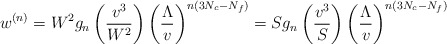
\begin{align*}w^{(n)}= W^2 g_n\left(\frac{v^3}{W^2}\right)\left(\frac{\Lambda}{v}\right)^{n(3N_c-N_f)}= S g_n\left(\frac{v^3}{S}\right)\left(\frac{\Lambda}{v}\right)^{n(3N_c-N_f)}\end{align*}